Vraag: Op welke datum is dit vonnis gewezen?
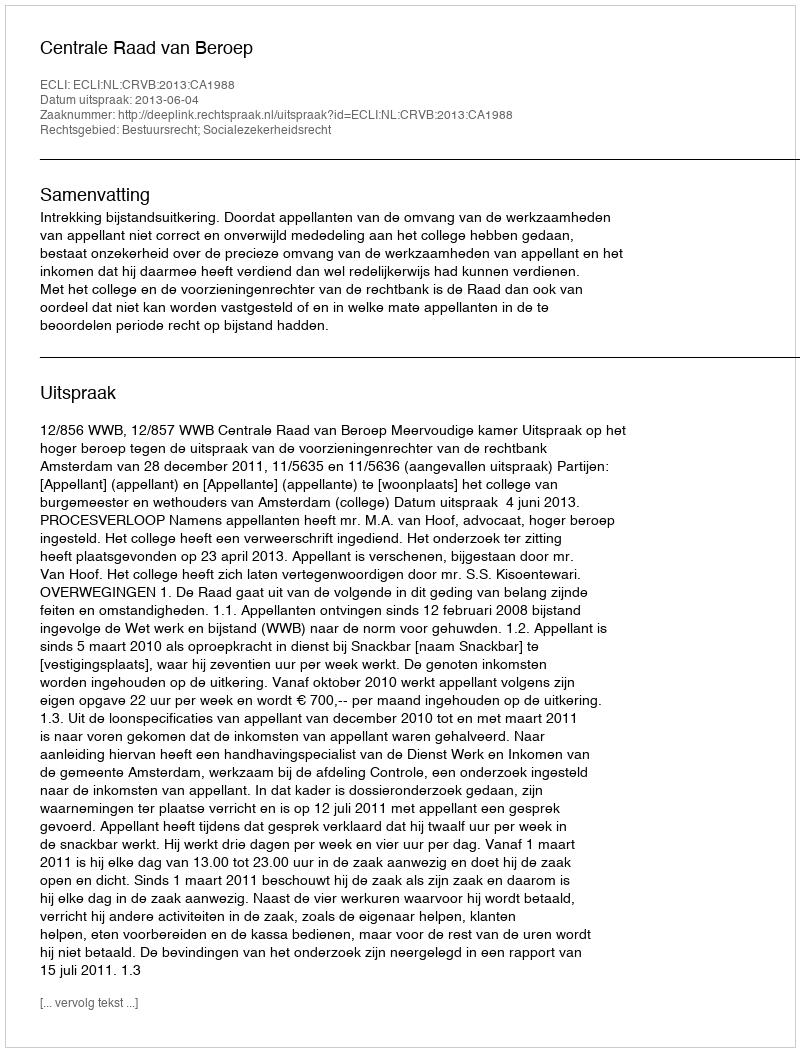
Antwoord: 2013-06-04